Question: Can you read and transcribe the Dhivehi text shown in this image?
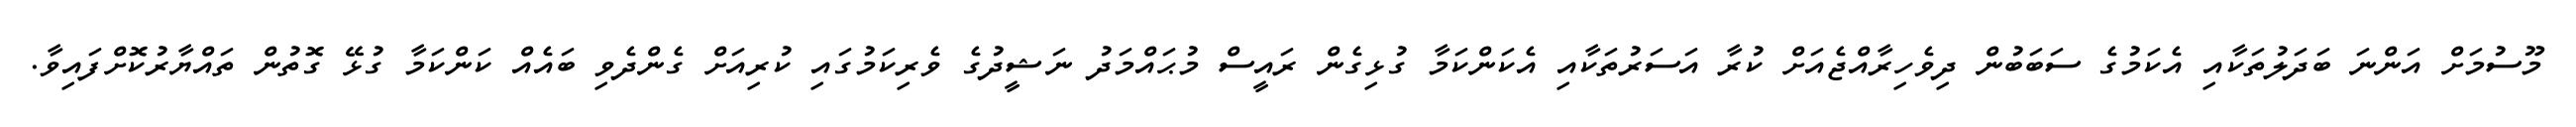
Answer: މޫސުމަށް އަންނަ ބަދަލުތަކާއި އެކަމުގެ ސަބަބުން ދިވެހިރާއްޖެއަށް ކުރާ އަސަރުތަކާއި އެކަންކަމާ ގުޅިގެން ރައީސް މުޙައްމަދު ނަޝީދުގެ ވެރިކަމުގައި ކުރިއަށް ގެންދެވި ބައެއް ކަންކަމާ ގުޅޭ ގޮތުން ތައްޔާރުކޮށްފައިވާ.